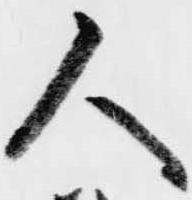
人